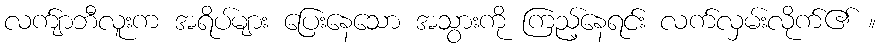
လက်ျာဘီလူးက အရိပ်များ ပြေးနေသော အသွားကို ကြည့်နေရင်း လက်လှမ်းလိုက်၏ ။